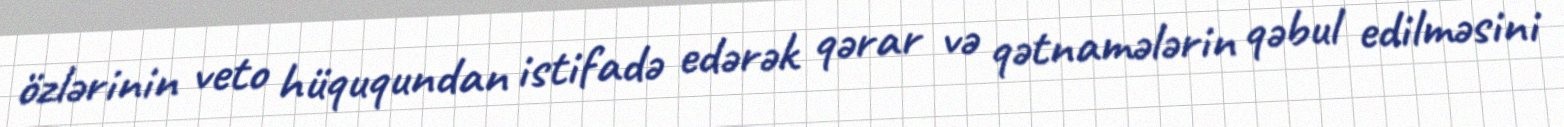
özlərinin veto hüququndan istifadə edərək qərar və qətnamələrin qəbul edilməsini